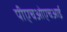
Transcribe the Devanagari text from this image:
पीएचओएचआई